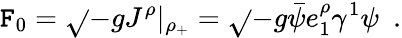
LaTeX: {\cal\mathtt{F}}_{0}={\sqrt{}{{-g}}}J^{\rho}|_{\rho_{+}}={\sqrt{}{{-g}}}{\bar{{\psi}}}e_{1}^{\rho}\gamma^{1}\psi~~.